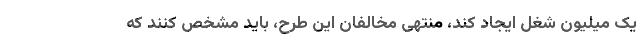
یک میلیون شغل ایجاد کند، منتهی مخالفان این طرح، باید مشخص کنند که